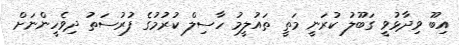
އިބޫ ވިދާޅުވީ ގަބޫލު ކުރަނީ މަތީ ތައުލީމު ހާސިލް ކުރުމުގެ ފުރުސަތު ދިވެހީންނަށް